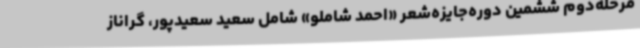
مرحله‌دوم ششمین دوره‌جایزه‌شعر «احمد شاملو» شامل سعید سعیدپور، گراناز